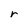
Character: r